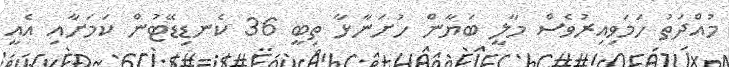
މުއްދަތު ހަމަވިއިރުވެސް މާލީ ބަޔާން ހުށަނާޅާ ތިބީ 36 ކެނޑިޑޭޓުން ކަމަށާއި އެއީ